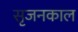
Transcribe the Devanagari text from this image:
सृजनकाल